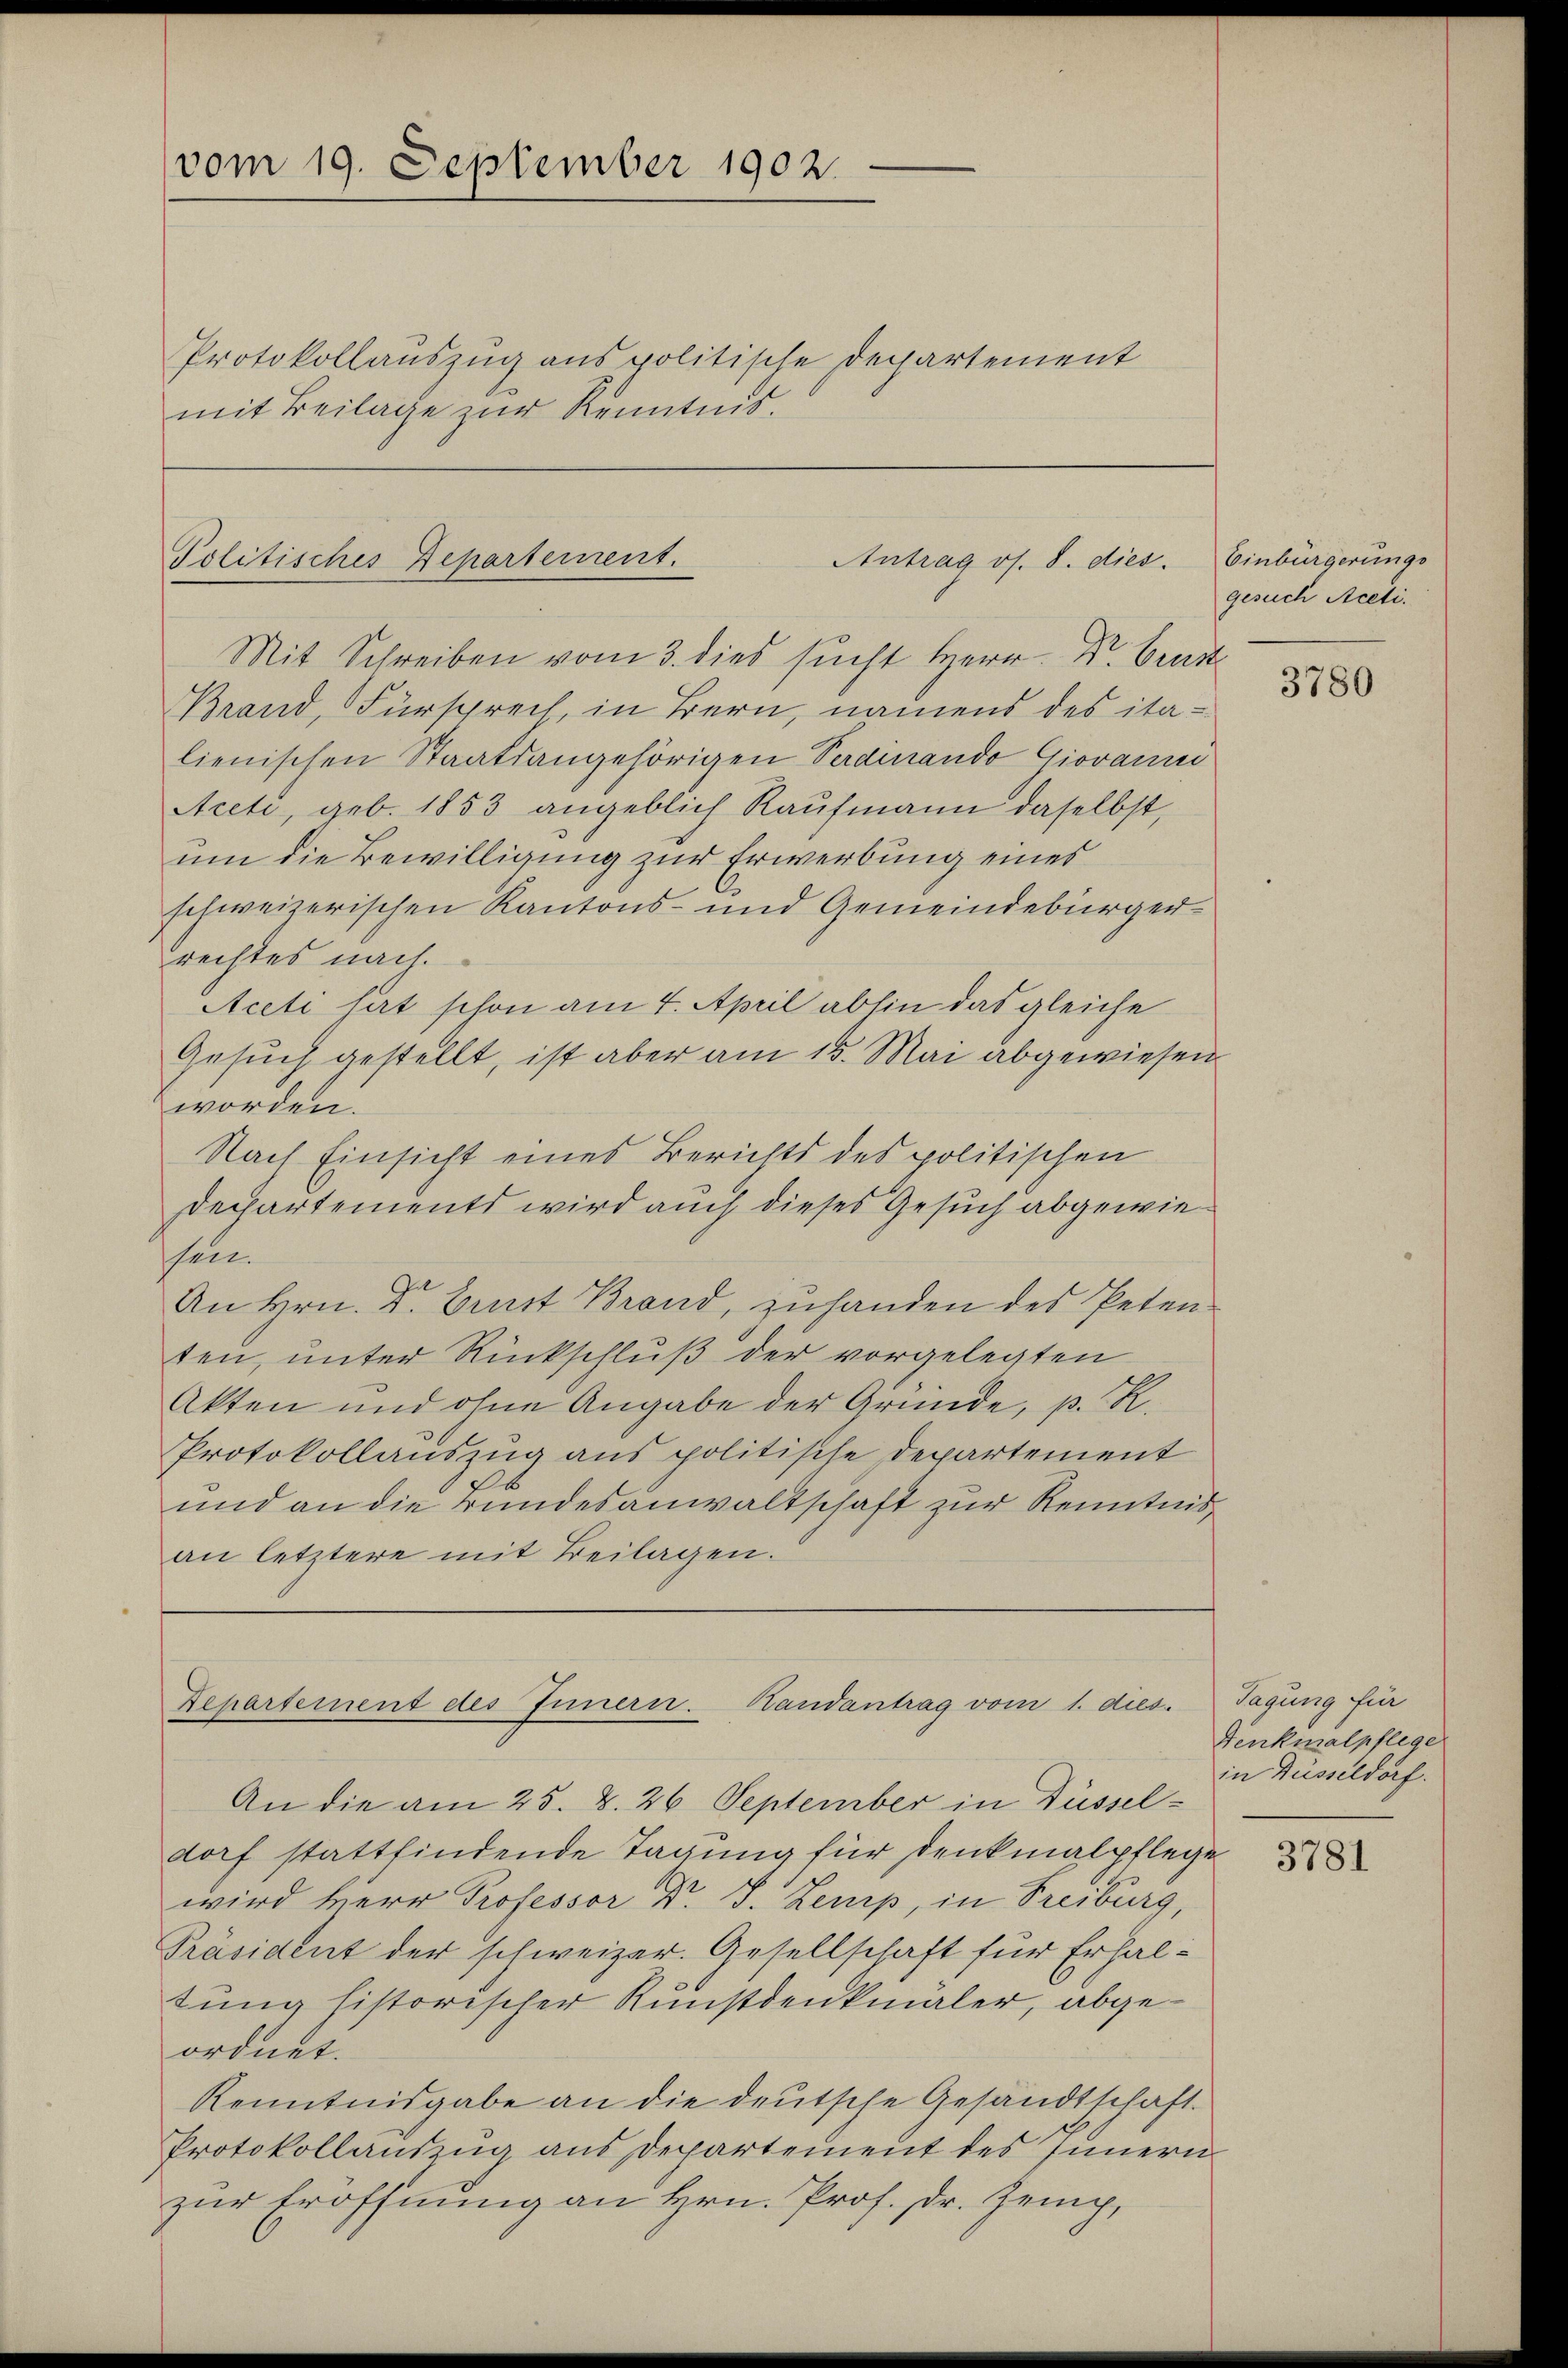
Protokollauszug aus politische Departement
mit Beilage zur Kenntnis.

vom 19. September 1902.

Politisches Departement.
Antrag os. S. dies

Mit Schreiben vom 3. dies sucht Herr Dr. Bunde
Brand, Fürsprech, in Bern, namens des italienischen Staatsangehörigen Verdinando Giovanni
Aceti, geb. 1853 angeblich Kaufmann daselbst,
um die Bewilligung zur Erwerbung eines
schweizerischen Kantons- und Gemeindebürgerrechtes nach.
Aceti hat schon am 4. April abhin das gleiche
Gesuch gestellt, ist aber am 15. Mai abgewiesen
worden.
Nach Einsicht eines Berichts des politischen
Dechartements wird auch dieses Gesuch abgewiesen.
An Hrn. Dr. Gunst Brand, zuhanden des Petenten, unter Rückschluß der vorgelegten
Akten und ohne Angabe der Gründe, p. R.
Protokollauszug aus politische Departement
e
und an die Bundesanwaltschaft zur Kenntnisan letztere mit Beilagen.

Departement des Innern. Handantrag vom 1. dies.

Einbürgerungs
gesuch Aceli.
3780

An die am 25. d. 26 September in Düsseldorf stattfindende Tagung für denkmalpflege
wird Herr Professor Dr. J. Lemp, in Freiburg,
Präsident der schweizer. Gesellschaft für Erhaltung historischer Kunstdenkmäler, abgeordnet.
Kenntnisgabe an die deutsche Gesandtschaft.
Protokollauszug aus Departement des Innern
zur Eröffnung an Hrn. Prof. Dr. Zeip,

Tagung für
Fenkmalpflege
in Düsseldorf.
3781